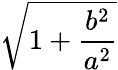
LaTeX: \sqrt{1+{\frac{b^{2}}{a^{2}}}}